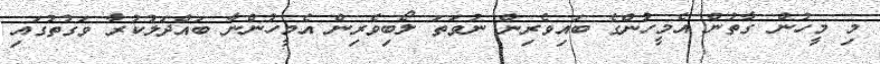
މި މީހުން ގާތުން އެމީހުންގެ ބައިވެރިން ނުވަތަ ލޯބިވެރިން އެމީހުންނާ ބައްދަލުކުރާ ވަގުތުގައި